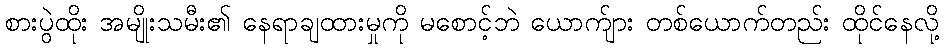
စားပွဲထိုး အမျိုးသမီး၏ နေရာချထားမှုကို မစောင့်ဘဲ ယောက်ျား တစ်ယောက်တည်း ထိုင်နေလို့